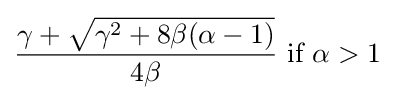
{\frac {\gamma +{\sqrt {\gamma ^{2}+8\beta (\alpha -1)}}}{4\beta }}{\text{ if }}\alpha >1